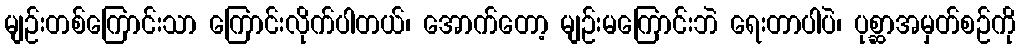
မျဉ်းတစ်ကြောင်းသာ ကြောင်းလိုက်ပါတယ်၊ အောက်တော့ မျဉ်းမကြောင်းဘဲ ရေးတာပါပဲ၊ ပုစ္ဆာအမှတ်စဉ်ကို